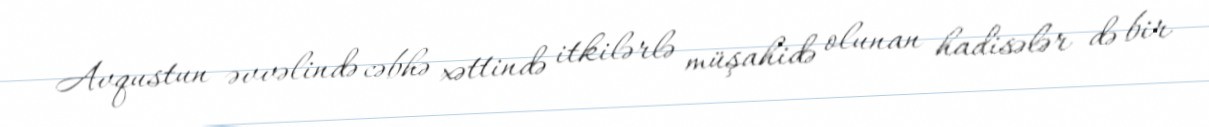
Avqustun əvvəlində cəbhə xəttində itkilərlə müşahidə olunan hadisələr də bir